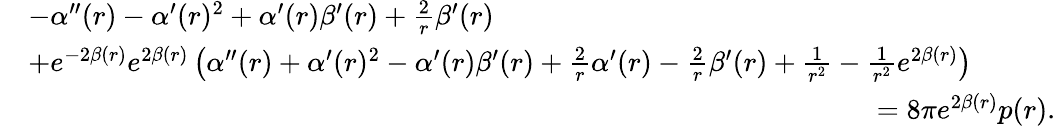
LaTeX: \begin{array}{rl}&{-\alpha^{\prime\prime}(r)-\alpha^{\prime}(r)^{2}+\alpha^{\prime}(r)\beta^{\prime}(r)+\frac{2}{r}\beta^{\prime}(r)}\\ &{+e^{-2\beta(r)}e^{2\beta(r)}\left(\alpha^{\prime\prime}(r)+\alpha^{\prime}(r)^{2}-\alpha^{\prime}(r)\beta^{\prime}(r)+\frac{2}{r}\alpha^{\prime}(r)-\frac{2}{r}\beta^{\prime}(r)+\frac{1}{r^{2}}-\frac{1}{r^{2}}e^{2\beta(r)}\right)}\\ &{\qquad\qquad\qquad\qquad\qquad\qquad\qquad\qquad\qquad\qquad\qquad\qquad\qquad\qquad\qquad=8\pi e^{2\beta(r)}p(r).}\end{array}